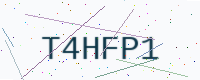
Text: T4HFP1